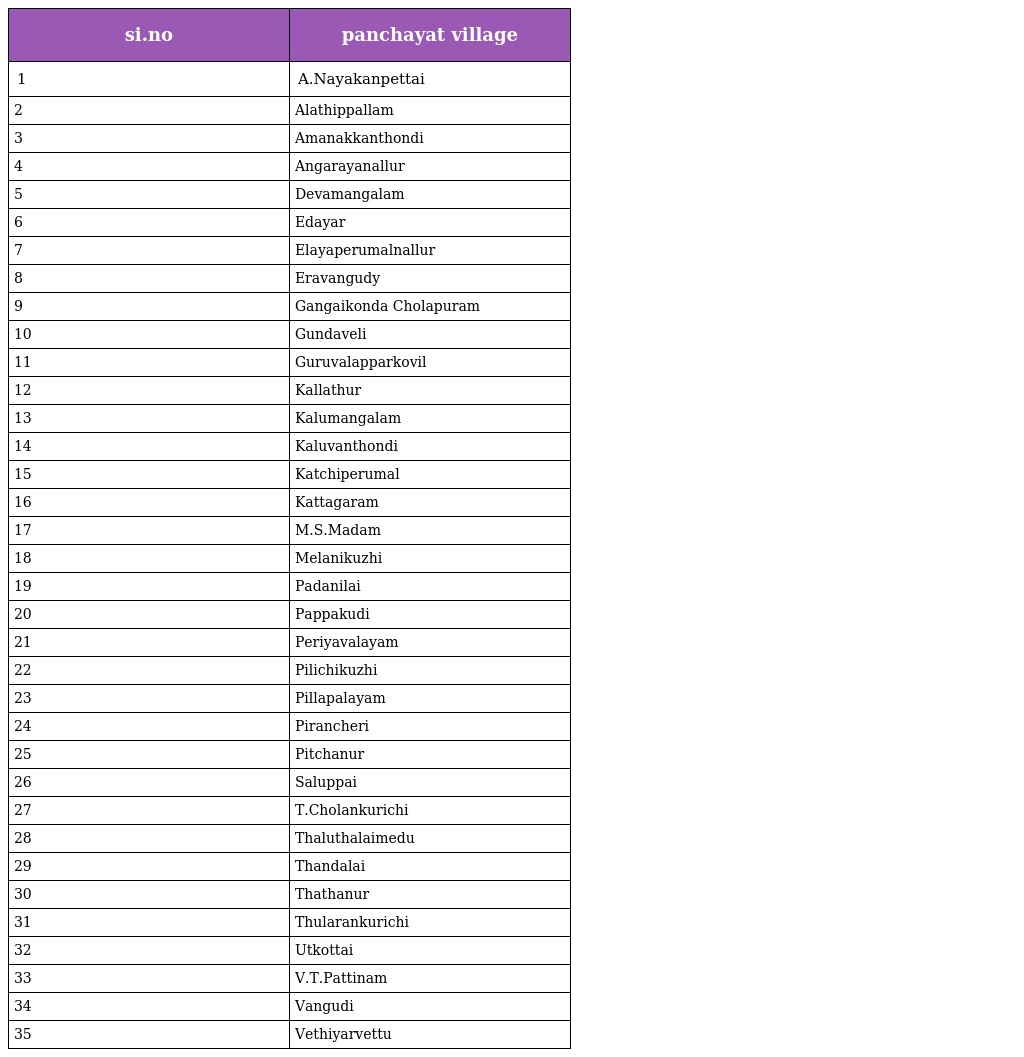
| si.no | panchayat village |
 | --- | --- |
 | 1 | A.Nayakanpettai |
 | 2 | Alathippallam |
 | 3 | Amanakkanthondi |
 | 4 | Angarayanallur |
 | 5 | Devamangalam |
 | 6 | Edayar |
 | 7 | Elayaperumalnallur |
 | 8 | Eravangudy |
 | 9 | Gangaikonda Cholapuram |
 | 10 | Gundaveli |
 | 11 | Guruvalapparkovil |
 | 12 | Kallathur |
 | 13 | Kalumangalam |
 | 14 | Kaluvanthondi |
 | 15 | Katchiperumal |
 | 16 | Kattagaram |
 | 17 | M.S.Madam |
 | 18 | Melanikuzhi |
 | 19 | Padanilai |
 | 20 | Pappakudi |
 | 21 | Periyavalayam |
 | 22 | Pilichikuzhi |
 | 23 | Pillapalayam |
 | 24 | Pirancheri |
 | 25 | Pitchanur |
 | 26 | Saluppai |
 | 27 | T.Cholankurichi |
 | 28 | Thaluthalaimedu |
 | 29 | Thandalai |
 | 30 | Thathanur |
 | 31 | Thularankurichi |
 | 32 | Utkottai |
 | 33 | V.T.Pattinam |
 | 34 | Vangudi |
 | 35 | Vethiyarvettu |